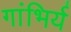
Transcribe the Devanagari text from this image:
गांभिर्य